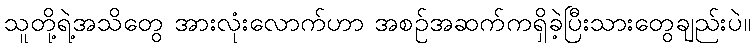
သူတို့ရဲ့အသိတွေ အားလုံးလောက်ဟာ အစဉ်အဆက်ကရှိခဲ့ပြီးသားတွေချည်းပဲ။